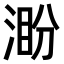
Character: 𣸜